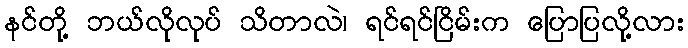
နင်တို့ ဘယ်လိုလုပ် သိတာလဲ၊ ရင်ရင်ငြိမ်းက ပြောပြလို့လား